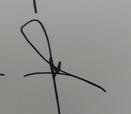
Signature authenticity: forged